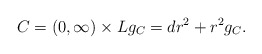
\begin{align*}C = (0, \infty) \times L g_C = dr^2 + r^2 g_C.\end{align*}